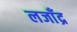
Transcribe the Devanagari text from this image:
लजाँद्र